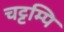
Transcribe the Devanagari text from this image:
चट्टम्पि